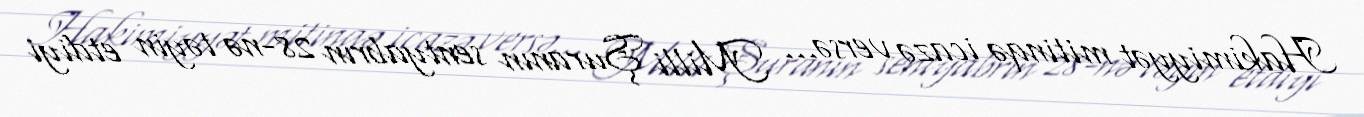
Hakimiyyət mitinqə icazə versə... Milli Şuranın sentyabrın 28-nə təyin etdiyi